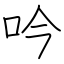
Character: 吟